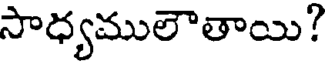
సాధ్యములౌతాయి?